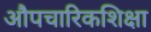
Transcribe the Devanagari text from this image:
औपचारिकशिक्षा